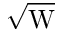
\sqrt \mathrm { W }